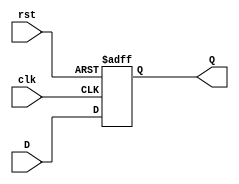
/*******************************************************************
*
* Module:DFlipFlop.v
* Project: CSCE330_TermProject_MO
          Omar Sherif Mahdy - omarmahdy122@aucegypt.edu
*
* Change history:Done in the lab - CSCE3302
*                 - No additional modifications in this MS of the project
*                
*
**********************************************************************/
`timescale 1ns / 1ps
//////////////////////////////////////////////////////////////////////////////////
// Company: 
// Engineer: 
// 
// Design Name: 
// Module Name: DFlipFlop
// Project Name: 
// Target Devices: 
// Tool Versions: 
// Description: 
// 
// Dependencies: 
// 
// Revision:
// Revision 0.01 - File Created
// Additional Comments:
// 
//////////////////////////////////////////////////////////////////////////////////


module DFlipFlop (input clk, input rst, input D, output reg Q);
 always @ (posedge clk or posedge rst)
 if (rst) begin
 Q <= 1'b0;
 end else begin
 Q <= D;
 end
endmodule